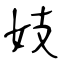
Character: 妓